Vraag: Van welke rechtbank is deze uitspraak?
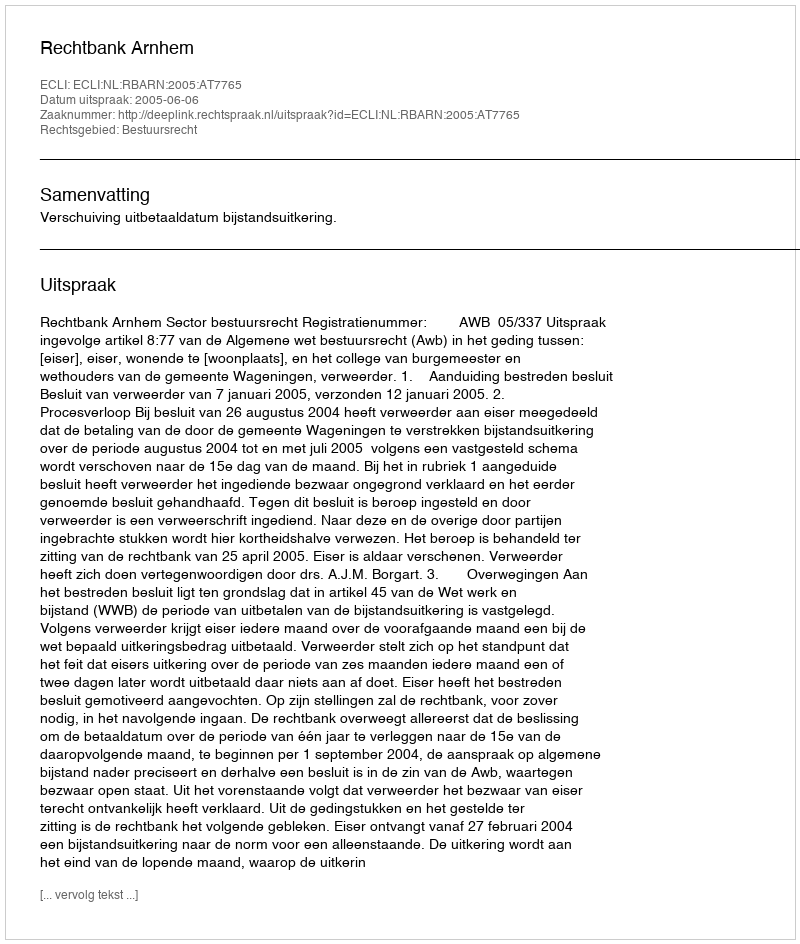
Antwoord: Rechtbank Arnhem